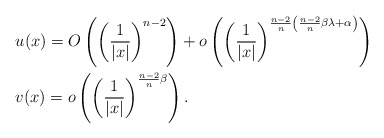
\begin{align*} &u(x)=O\left( \left(\frac{1}{|x|}\right)^{n-2} \right) +o\left( \left(\frac{1}{|x|}\right)^{\frac{n-2}{n}\left(\frac{n-2}{n}\beta\lambda+\alpha\right)} \right)\\ &v(x)=o\left( \left(\frac{1}{|x|}\right)^{\frac{n-2}{n}\beta} \right). \end{align*}